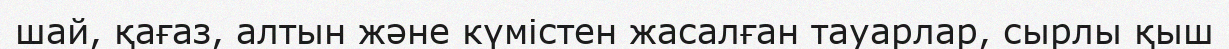
шай, қағаз, алтын және күмістен жасалған тауарлар, сырлы қыш